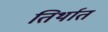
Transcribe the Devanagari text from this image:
तिर्थात